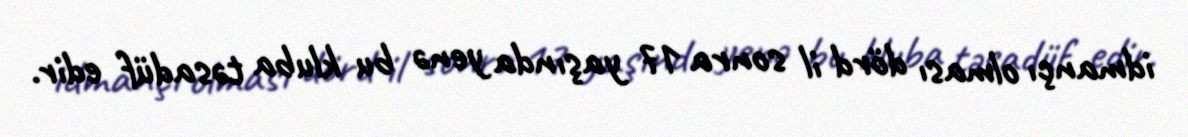
idmançı olması dörd il sonra 17 yaşında yenə bu kluba təsadüf edir.